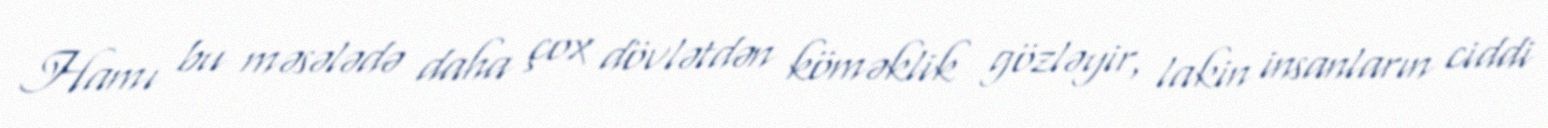
Hamı bu məsələdə daha çox dövlətdən köməklik gözləyir, lakin insanların ciddi